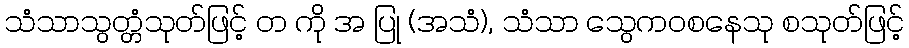
သံသာသွတ္တံသုတ်ဖြင့် တ ကို အ ပြု (အသံ), သံသာ သွေကဝစနေသု စသုတ်ဖြင့်